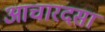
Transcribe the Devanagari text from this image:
आचारदसा